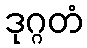
ဒုဂ္ဂတံ